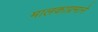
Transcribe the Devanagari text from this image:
मालकाप्रमाने